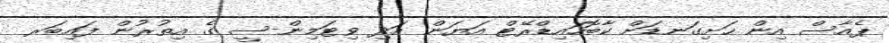
ޕެއާސް އިން ހަށިގަނޑަށް ކާބޮހައިޑްރޭޓް އަޔަން އަދި ވިޓަމިން-ސީ ގެ އިތުރުން ފައިބަރ